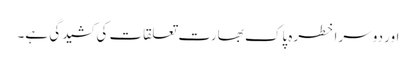
اور دوسرا خطرہ پاک بھارت تعلقات کی کشیدگی ہے۔